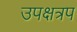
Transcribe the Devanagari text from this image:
उपक्षत्रप